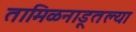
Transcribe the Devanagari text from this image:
तामिळनाडूतल्या